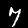
Label: 7